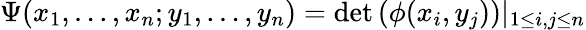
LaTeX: \Psi(x_{1},\ldots,x_{n};y_{1},\ldots,y_{n})=\operatorname*{det}\left(\phi(x_{i},y_{j})\right)|_{1\leq i,j\leq n}